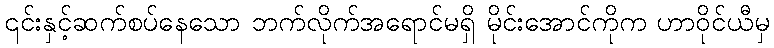
၎င်းနှင့်ဆက်စပ်နေသော ဘက်လိုက်အရောင်မရှိ မိုင်းအောင်ကိုက ဟာဝိုင်ယီမှ